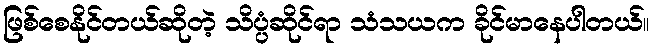
ဖြစ်စေနိုင်တယ်ဆိုတဲ့ သိပ္ပံဆိုင်ရာ သံသယက ခိုင်မာနေပါတယ်။